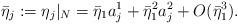
LaTeX: \begin{align*}\bar\eta_j := \eta_j|_N = \bar\eta_1 a_j^1 + \bar\eta_1^2 a_j^2 + O(\bar\eta_1^3).\end{align*}